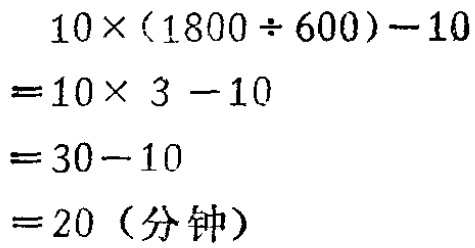
\[
\begin{align*}
&10\times(1800\div600)-10\\
=&10\times3 - 10\\
=&30 - 10\\
=&20（分钟）
\end{align*}
\]